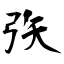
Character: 矤